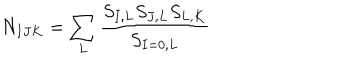
N _ { I J K } = \sum _ { L } { \frac { { S _ { I , L } S _ { J , L } S _ { L , K } } } { S _ { I = 0 , L } } }